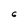
Character: 6